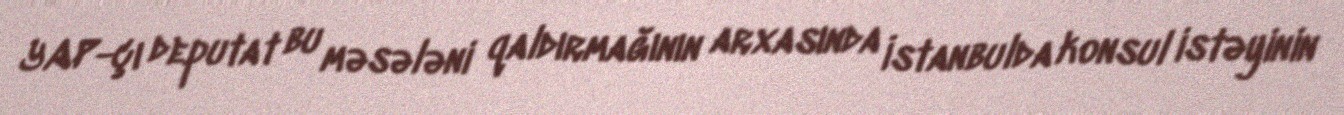
YAP-çı deputat bu məsələni qaldırmağının arxasında İstanbulda konsul istəyinin